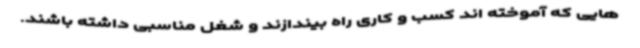
هایی که آموخته اند کسب و کاری راه بیندازند و شغل مناسبی داشته باشند.